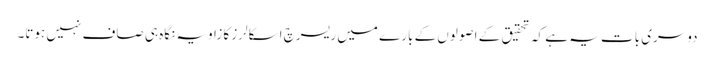
دوسری بات یہ ہے کہ تحقیق کے اصولوں کے بارے میں ریسرچ اسکالرز کا زاویہ نگاہ ہی صاف نہیں ہوتا۔